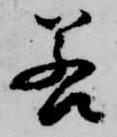
若